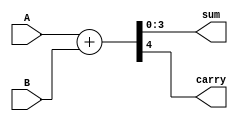
module four_bit_adder (
    input [3:0] A, // 4-bit input operand A
    input [3:0] B, // 4-bit input operand B
    output [3:0] sum, // 4-bit output sum
    output carry // output carry bit
);

assign {carry, sum} = A + B;

endmodule